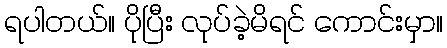
ရပါတယ်။ ပိုပြီး လုပ်ခဲ့မိရင် ကောင်းမှာ။